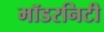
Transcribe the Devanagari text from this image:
मॉडरनिटी